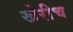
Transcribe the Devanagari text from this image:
खेरीच